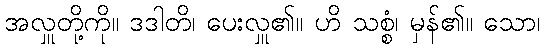
အလှူတို့ကို။ ဒဒါတိ၊ ပေးလှူ၏။ ဟိ သစ္စံ၊ မှန်၏။ သော၊